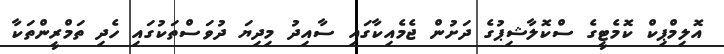
އޮލިމްޕިކް ކޮމެޓީގެ ސްކޮލާޝިޕުގެ ދަށުން ޖެމެއިކާގައި ސާއިދު މިދިޔަ ދުވަސްތަކުގައި ހެދި ތަމްރީންތަކާ